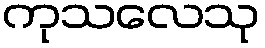
ကုသလေသု